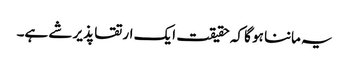
یہ ماننا ہو گا کہ حقیقت ایک ارتقا پذیر شے ہے۔